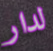
لدار